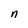
Character: n